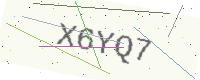
Text: X6YQ7